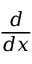
\frac { d } { d x }